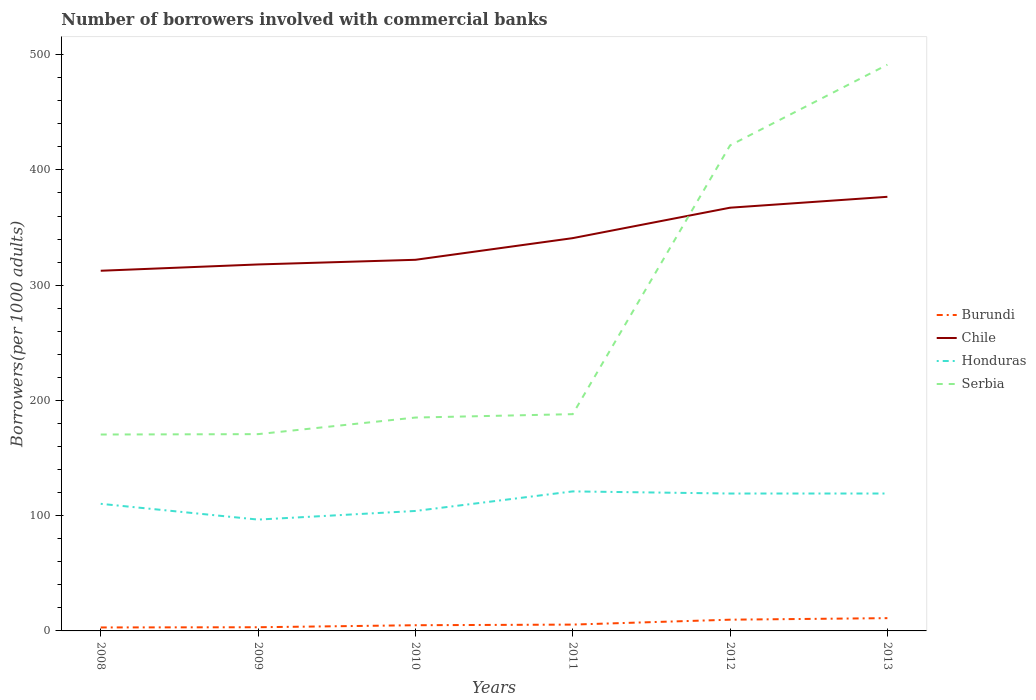
| Years | Burundi | Chile | Honduras | Serbia |
 | --- | --- | --- | --- | --- |
 | 2008 | 3.02 | 313 | 110 | 170 |
 | 2009 | 3.19 | 318 | 96.6 | 171 |
 | 2010 | 4.94 | 322 | 104 | 185 |
 | 2011 | 5.49 | 341 | 121 | 188 |
 | 2012 | 9.75 | 367 | 119 | 421 |
 | 2013 | 11.1 | 377 | 119 | 491 |